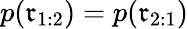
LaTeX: p(\mathfrak{r}_{1:2})=p(\mathfrak{r}_{2:1})